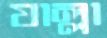
যাল্লা